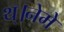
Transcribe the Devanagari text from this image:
थ्।नेमे